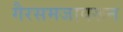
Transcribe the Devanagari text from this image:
गैरसमजावरून